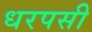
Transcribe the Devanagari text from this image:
धरपसी